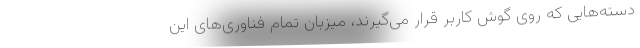
دسته‌هایی که روی گوش کاربر قرار می‌گیرند، میزبان تمام فناوری‌های این